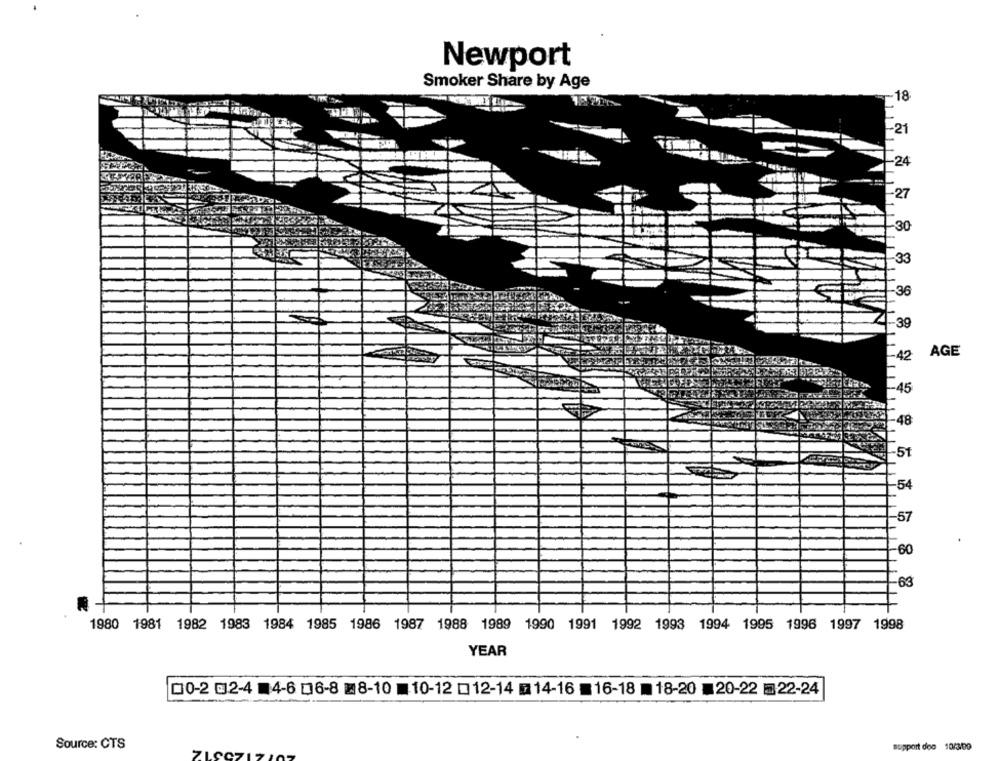
Newport
Smoker Share by Age
18
-21
30
1-33
36
39
42
AGE
45
48
.51
54
-57
60
63
1980 1981 1982 1983 1984 1985 1986 1987 1988 1989 1990 1991 1992 1993 1994 1995 1996 1997 1998
YEAR
□0-2 02-4 4-6 06-8 28-10 10-12 □12-14 ■ 14-16 ■16-18 18-20 ■20-22 22-24
Source: CTS
support doo 10/3100